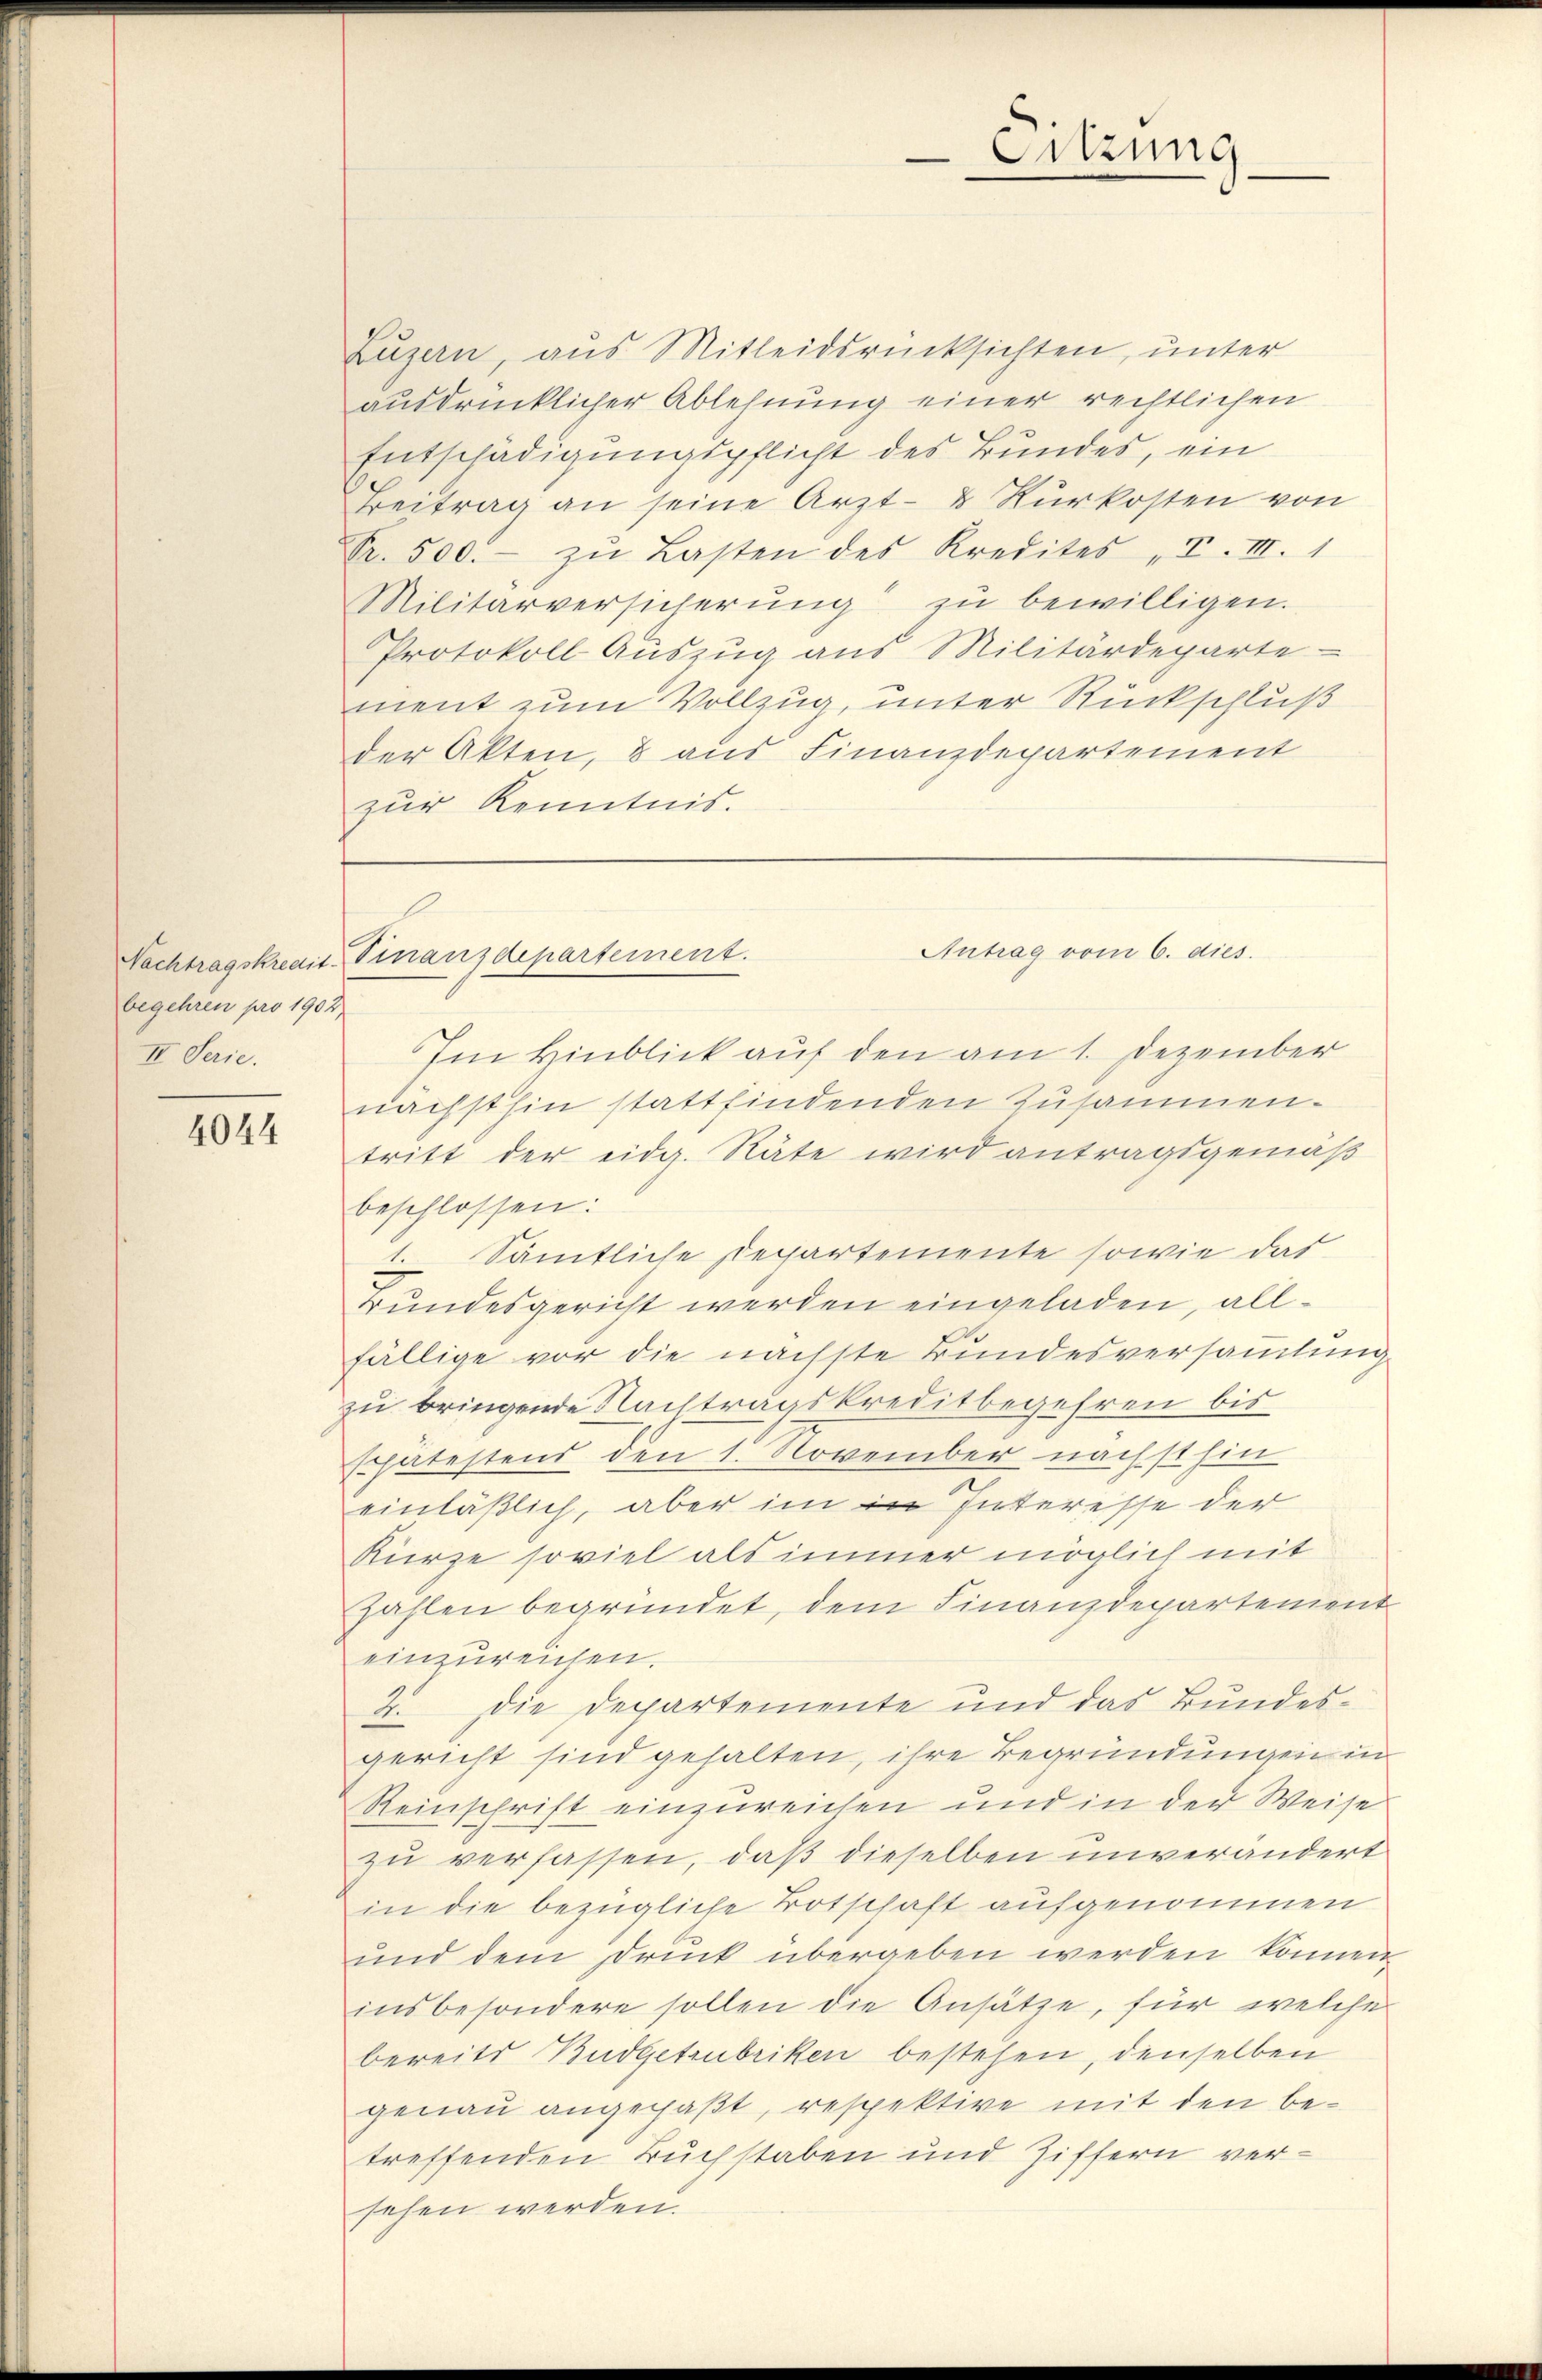
begehren pro 1902.
II. Serie.

4044

Luzern, aus Mitleidsrücksichten, unter
ausdrücklicher Ablehnung einer rechtlichen
Entschädigungspflicht des Bundes, ein
Beitrag an seine Arzt- & Kŭrkosten von
Fr. 500.- zŭ Lasten des Kredites I. III. 1
Militärversicherung zu bewilligen.
Protokoll Auszug aus Militärdeparte
ment zum Vollzug, unter Rückschluß
der Akten, & aus Finanzdepartement
zur Kenntnis.

Eitzung

Im Hinblick auf den am 1. Dezember
nächst hin stattfindenden Zusammen.
tritt der eidg. Räte wird antragsgemäß
beschlossen:
Sämtliche Departemente sowie dar
Bundesgericht werden eingeladen, allfällige vor die nächste Bundesversammlung
zu bringende Nachtragskreditbegehren bis
Expätestend den 1. November nächst hin
einläßlich, aber im in Interesse der
Kürze soviel als immer möglich mit
zahlen begründet, dem Finanzdepartement
einzureichen.
2. Die Departemente und das Bundesgericht sind gehalten, ihre Begründungen in
Reinschrift einzureichen und in der Weise
zu verfassen, daß dieselben unverändert
in die bezügliche Botschaft aufgenommen
und dem Druck übergeben werden können.
insbesondere sollen die Ansätze, für welche
bereits Budgetrubriken bestehen, denselben
genau angepaßt, respektive mit den betreffenden Buchstaben und Ziffern versehen werden.

Antrag vom 6. dies
Nachtragskredit. Finanzdepartement.